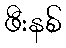
ဖီးနစ်